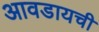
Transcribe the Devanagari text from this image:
आवडायची